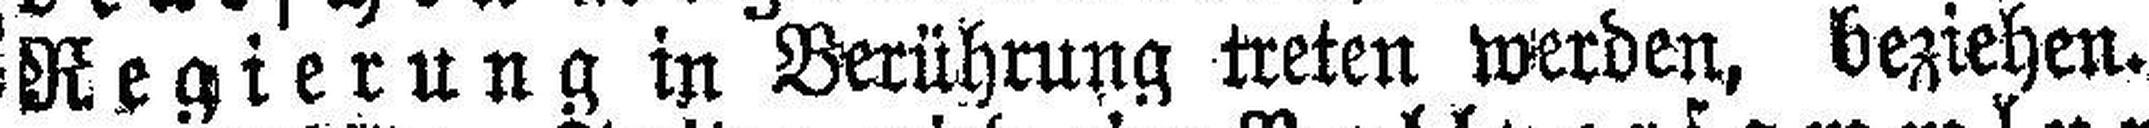
Regierung in Berührung treten werden, beziehen.